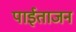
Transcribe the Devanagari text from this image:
पाईताजन